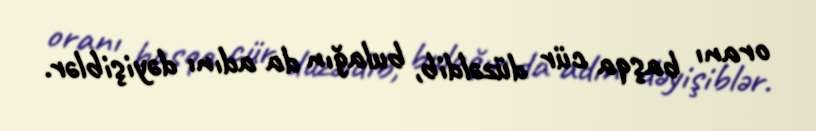
oranı başqa cür düzəldib, bulağın da adını dəyişiblər.